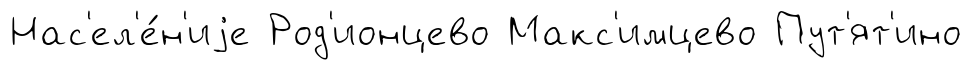
Нас'ел'е́н'иjе Род'ионцево Макс'имцево Пут'ят'ино